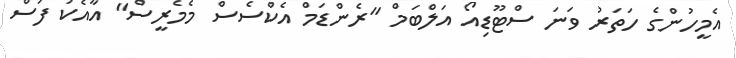
އެމީހުންގެ ހަތަރު ވަނަ ސްޓޫޑިއޯ އަލްބަމް "ރެންޑަމް އެކްސެސް މެމެރީސް" އާއެކު ފަސް